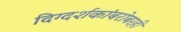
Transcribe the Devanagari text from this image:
दिग्दर्शकांबरोबरही